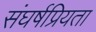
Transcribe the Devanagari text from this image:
संघर्षप्रियता